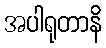
အပါရုတာနိ